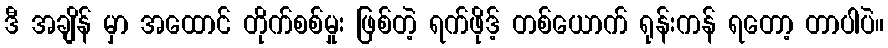
ဒီ အချိန် မှာ အထောင် တိုက်စစ်မှုး ဖြစ်တဲ့ ရက်ဖိုဒ့် တစ်ယောက် ရုန်းကန် ရတော့ တာပါပဲ။